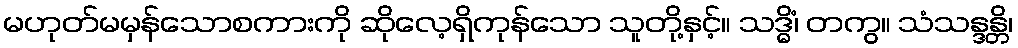
မဟုတ်မမှန်သောစကားကို ဆိုလေ့ရှိကုန်သော သူတို့နှင့်။ သဒ္ဓိံ၊ တကွ။ သံသန္ဒန္တိ၊